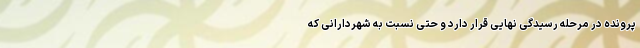
پرونده در مرحله رسیدگی نهایی قرار دارد و حتی نسبت به شهردارانی که